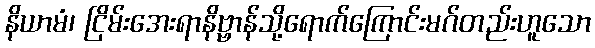
နိယာမံ၊ ငြိမ်းအေးရာနိဗ္ဗာန်သို့ရောက်ကြောင်းမဂ်တည်းဟူသော